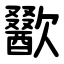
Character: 歠